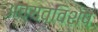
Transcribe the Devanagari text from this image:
अवयवविशेष